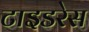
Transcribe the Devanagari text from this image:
टाइडरेस